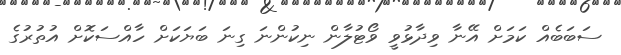
ސަބަބެއް ކަމަށް އޭނާ ވިދާޅުވީ ވޯޓުލާން ނިކުންނަ ގިނަ ބަޔަކަށް ހާއްސަކޮށް އުތުރުގެ